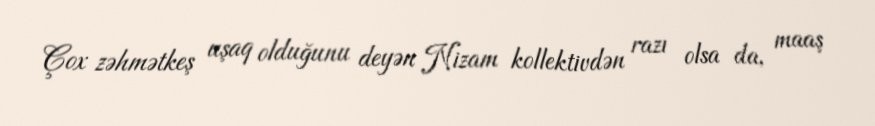
Çox zəhmətkeş uşaq olduğunu deyən Nizam kollektivdən razı olsa da, maaş